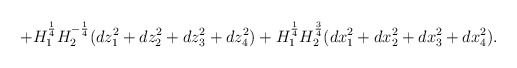
\begin{align*}+ H_{1}^{\frac{1}{4}}H_{2}^{-\frac{1}{4}} (dz_{1}^{2}+dz_{2}^{2}+dz_{3}^{2}+dz_{4}^{2})+ H_{1}^{\frac{1}{4}}H_{2}^{\frac{3}{4}} (dx_{1}^{2}+dx_{2}^{2}+dx_{3}^{2}+dx_{4}^{2}). \end{align*}